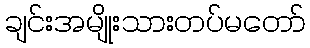
ချင်းအမျိုးသားတပ်မတော်